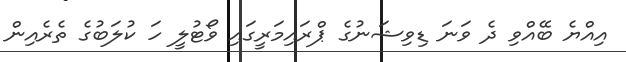
އިއްޔެ ބޭއްވި ދެ ވަނަ ޑިވިޝަނުގެ ޕްރައިމަރީގައި ވޯޓުލީ ހަ ކުލަބުގެ ތެރެއިން